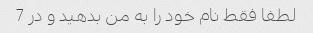
لطفا فقط نام خود را به من بدهید و در 7